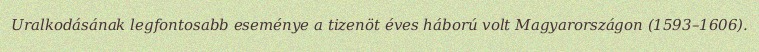
Uralkodásának legfontosabb eseménye a tizenöt éves háború volt Magyarországon (1593–1606).